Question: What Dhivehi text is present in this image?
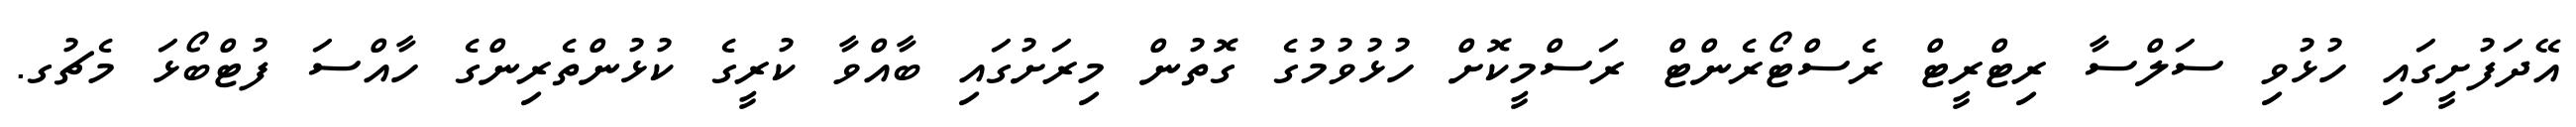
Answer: އޭދަފުށީގައި ހުޅުވި ސަލްސާ ރިޓްރީޓް ރެސްޓޯރެންޓް ރަސްމީކޮށް ހުޅުވުމުގެ ގޮތުން މިރަށުގައި ބާއްވާ ކުރީގެ ކުޅުންތެރިންގެ ހާއްސަ ފުޓްބޯޅަ މެޗުގ.